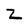
Character: Z